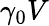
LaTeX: \gamma_{0}V